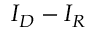
I _ { D } - I _ { R }